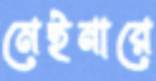
মেইনারে